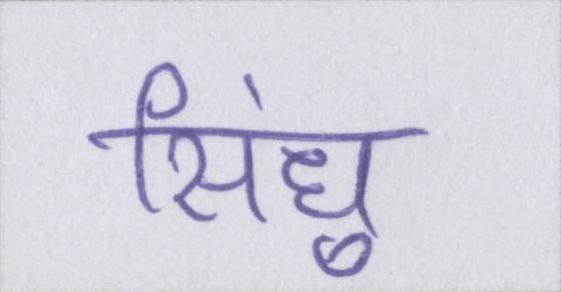
सिंधु